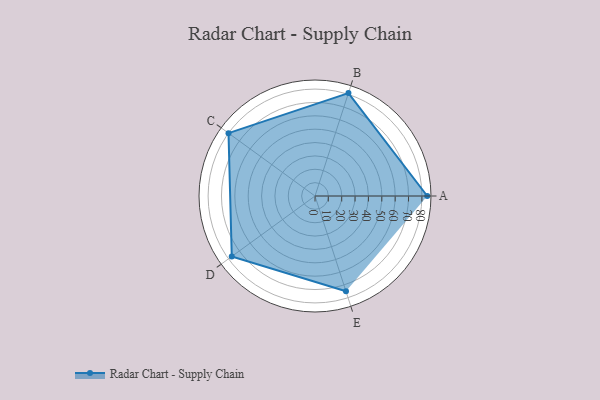
{"axis": {"x": "Skill", "y": "Score"}, "legend": ["Profile"], "data": [{"x": "A", "y": 84.0, "type": "Profile"}, {"x": "B", "y": 81.0, "type": "Profile"}, {"x": "C", "y": 80.0, "type": "Profile"}, {"x": "D", "y": 77.0, "type": "Profile"}, {"x": "E", "y": 75.0, "type": "Profile"}]}